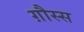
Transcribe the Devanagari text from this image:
ग़ौस्स